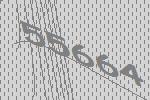
55664